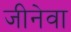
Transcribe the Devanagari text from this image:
जीनेवा